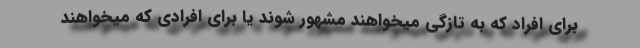
برای افراد که به تازگی میخواهند مشهور شوند یا برای افرادی که میخواهند